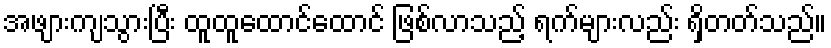
အဖျားကျသွားပြီး ထူထူထောင်ထောင် ဖြစ်လာသည့် ရက်များလည်း ရှိတတ်သည်။